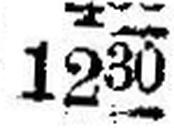
1230